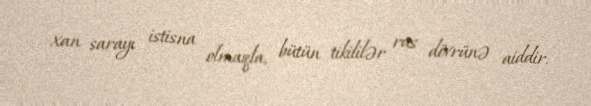
xan sarayı istisna olmaqla, bütün tikililər rus dövrünə aiddir.